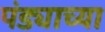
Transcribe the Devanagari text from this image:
पंड्याच्या